Vaccination in Bombay 1902-1912 - 1902-1912
Year: 1902
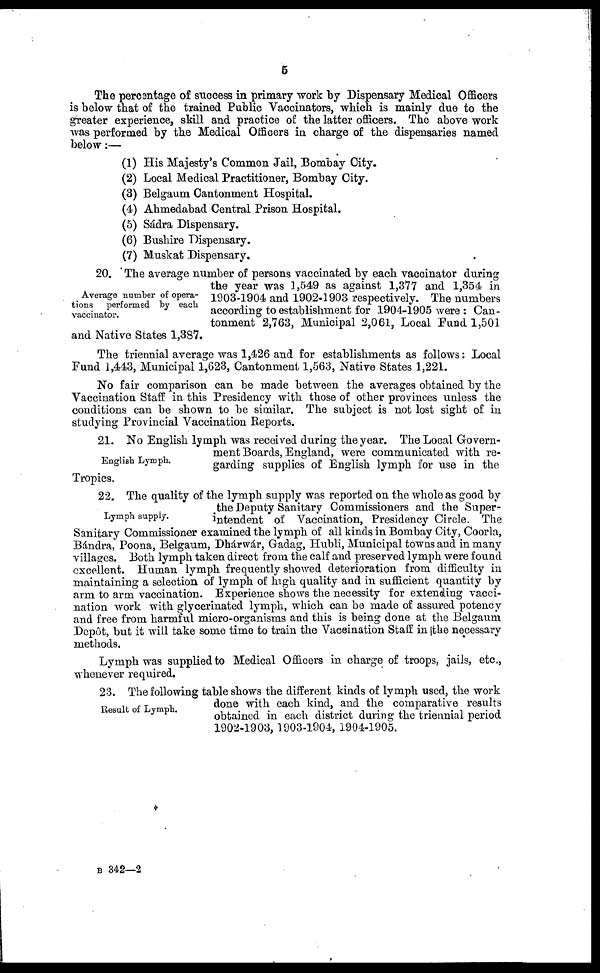
5
The percentage of success in primary work by Dispensary Medical Officers
is below that of the trained Public Vaccinators, which is mainly due to the
greater experience, skill and practice of the latter officers. The above work
was performed by the Medical Officers in charge of the dispensaries named
below:—
(1) His Majesty's Common Jail, Bombay City.
(2) Local Medical Practitioner, Bombay City.
(3) Belgaum Cantonment Hospital.
(4) Ahmedabad Central Prison Hospital.
(5) Sádra Dispensary.
(6) Bushire Dispensary.
(7) Muskat Dispensary.
Average number of opera-
tions performed by each
vaccinator.
20. The average number of persons vaccinated by each vaccinator during
the year was 1,549 as against 1,377 and 1,354 in
1903-1904 and 1902-1903 respectively. The numbers
according to establishment for 1904-1905 were : Can-
tonment 2,763, Municipal 2,061, Local Fund 1,501
and Native States 1,387.
The triennial average was 1,426 and for establishments as follows: Local
Fund 1,443, Municipal 1,623, Cantonment 1,563, Native States 1,221.
No fair comparison can be made between the averages obtained by the
Vaccination Staff in this Presidency with those of other provinces unless the
conditions can be shown to be similar. The subject is not lost sight of in
studying Provincial Vaccination Reports.
English Lymph.
21. No English lymph was received during the year. The Local Govern-
ment Boards, England, were communicated with re-
garding supplies of English lymph for use in the
Tropics.
Lymph supply.
22. The quality of the lymph supply was reported on the whole as good by
the Deputy Sanitary Commissioners and the Super-
intendent of Vaccination, Presidency Circle. The
Sanitary Commissioner examined the lymph of all kinds in Bombay City, Coorla,
Bándra, Poona, Belgaum, Dhárwár, Gadag, Hubli, Municipal towns and in many
villages. Both lymph taken direct from the calf and preserved lymph were found
excellent. Human lymph frequently showed deterioration from difficulty in
maintaining a selection of lymph of high quality and in sufficient quantity by
arm to arm vaccination. Experience shows the necessity for extending vacci-
nation work with glycerinated lymph, which can be made of assured potency
and free from harmful micro-organisms and this is being done at the Belgaum
Depôt, but it will take some time to train the Vaccination Staff in the necessary
methods.
Lymph was supplied to Medical Officers in charge of troops, jails, etc.,
whenever required.
Result of Lymph.
23. The following table shows the different kinds of lymph used, the work
done with each kind, and the comparative results
obtained in each district during the triennial period
1902-1903, 1903-1904, 1904-1905.
B 342—2